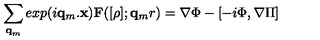
\sum _ { { \bf { q } } _ { m } } e x p ( i { \mathrm { } } { \bf { q } } _ { m } . { \bf { x } } ) { \bf { F } } ( [ \rho ] ; { \bf { q } } _ { m } r ) = \nabla \Phi - [ - i \mathrm { } \Phi , \nabla \Pi ]